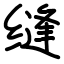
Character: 缝